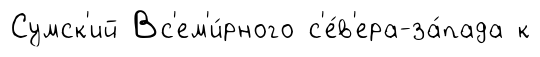
Сумск'ий Вс'ем'и́рного с'е́в'ера-за́пада к